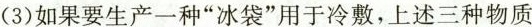
(3)如果要生产一种”冰袋”用于冷敷，上述三种物质